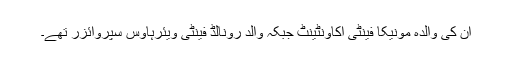
ان کی والدہ مونیکا فینٹی اکاؤنٹینٹ جبکہ والد رونالڈ فینٹی ویئرہاؤس سپروائزر تھے۔